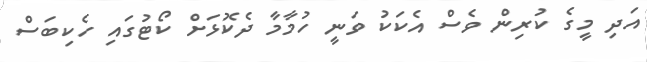
އަދި މީގެ ކުރިން ވެސް އެކަކު ވަނީ ހުމާމާ ދެކޮޅަށް ކޯޓުގައި ހެކިބަސް